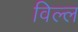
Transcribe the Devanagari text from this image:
विल्ल